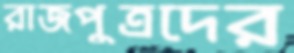
রাজপুত্রদের